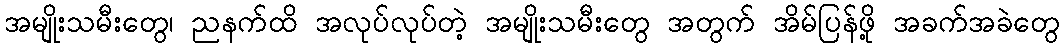
အမျိုးသမီးတွေ၊ ညနက်ထိ အလုပ်လုပ်တဲ့ အမျိုးသမီးတွေ အတွက် အိမ်ပြန်ဖို့ အခက်အခဲတွေ